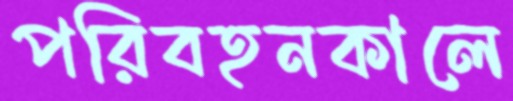
পরিবহনকালে